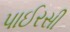
પાઈરસી